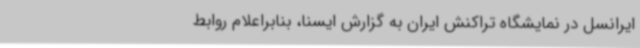
ایرانسل در نمایشگاه تراکنش ایران به گزارش ایسنا، بنابراعلام روابط‌